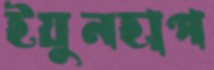
ইয়ুনহাপ